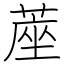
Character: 蓙